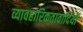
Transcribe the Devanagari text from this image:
व्यावहारिकतावादियों